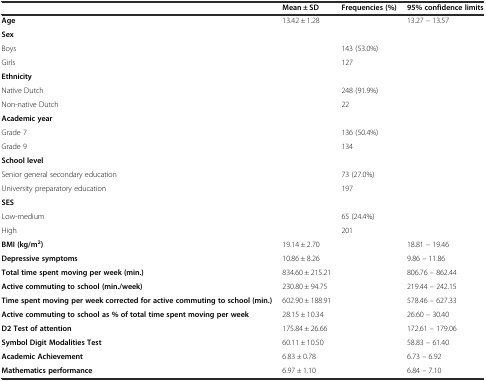
|  | Mean ± SD | Frequencies (%) | 95% confidence limits |
 | --- | --- | --- | --- |
 | Age | 13.42 ± 1.28 |  | 13.27 – 13.57 |
 | Sex | <ROWSPAN=3>  |  | <ROWSPAN=3>  |
 | Boys | 143 (53.0%) |
 | Girls | 127 |
 | Ethnicity | <ROWSPAN=3>  |  | <ROWSPAN=3>  |
 | Native Dutch | 248 (91.9%) |
 | Non-native Dutch | 22 |
 | Academic year | <ROWSPAN=3>  |  | <ROWSPAN=3>  |
 | Grade 7 | 136 (50.4%) |
 | Grade 9 | 134 |
 | School level | <ROWSPAN=3>  |  | <ROWSPAN=3>  |
 | Senior general secondary education | 73 (27.0%) |
 | University preparatory education | 197 |
 | SES | <ROWSPAN=3>  |  | <ROWSPAN=3>  |
 | Low-medium | 65 (24.4%) |
 | High | 201 |
 | BMI (kg/m2) | 19.14 ± 2.70 |  | 18.81 – 19.46 |
 | Depressive symptoms | 10.86 ± 8.26 |  | 9.86 – 11.86 |
 | Total time spent moving per week (min.) | 834.60 ± 215.21 |  | 806.76 – 862.44 |
 | Active commuting to school (min./week) | 230.80 ± 94.75 |  | 219.44 – 242.15 |
 | Time spent moving per week corrected for active commuting to school (min.) | 602.90 ± 188.91 |  | 578.46 – 627.33 |
 | Active commuting to school as % of total time spent moving per week | 28.15 ± 10.34 |  | 26.60 – 30.40 |
 | D2 Test of attention | 175.84 ± 26.66 |  | 172.61 – 179.06 |
 | Symbol Digit Modalities Test | 60.11 ± 10.50 |  | 58.83 – 61.40 |
 | Academic Achievement | 6.83 ± 0.78 |  | 6.73 – 6.92 |
 | Mathematics performance | 6.97 ± 1.10 |  | 6.84 – 7.10 |